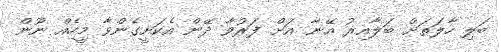
ބަލި ހާލަތަށް ބަލާއިރު އޭނާ އަށް ފަރުވާ ދޭން އެކަށީގެންވާ މީހެއް ނޫން